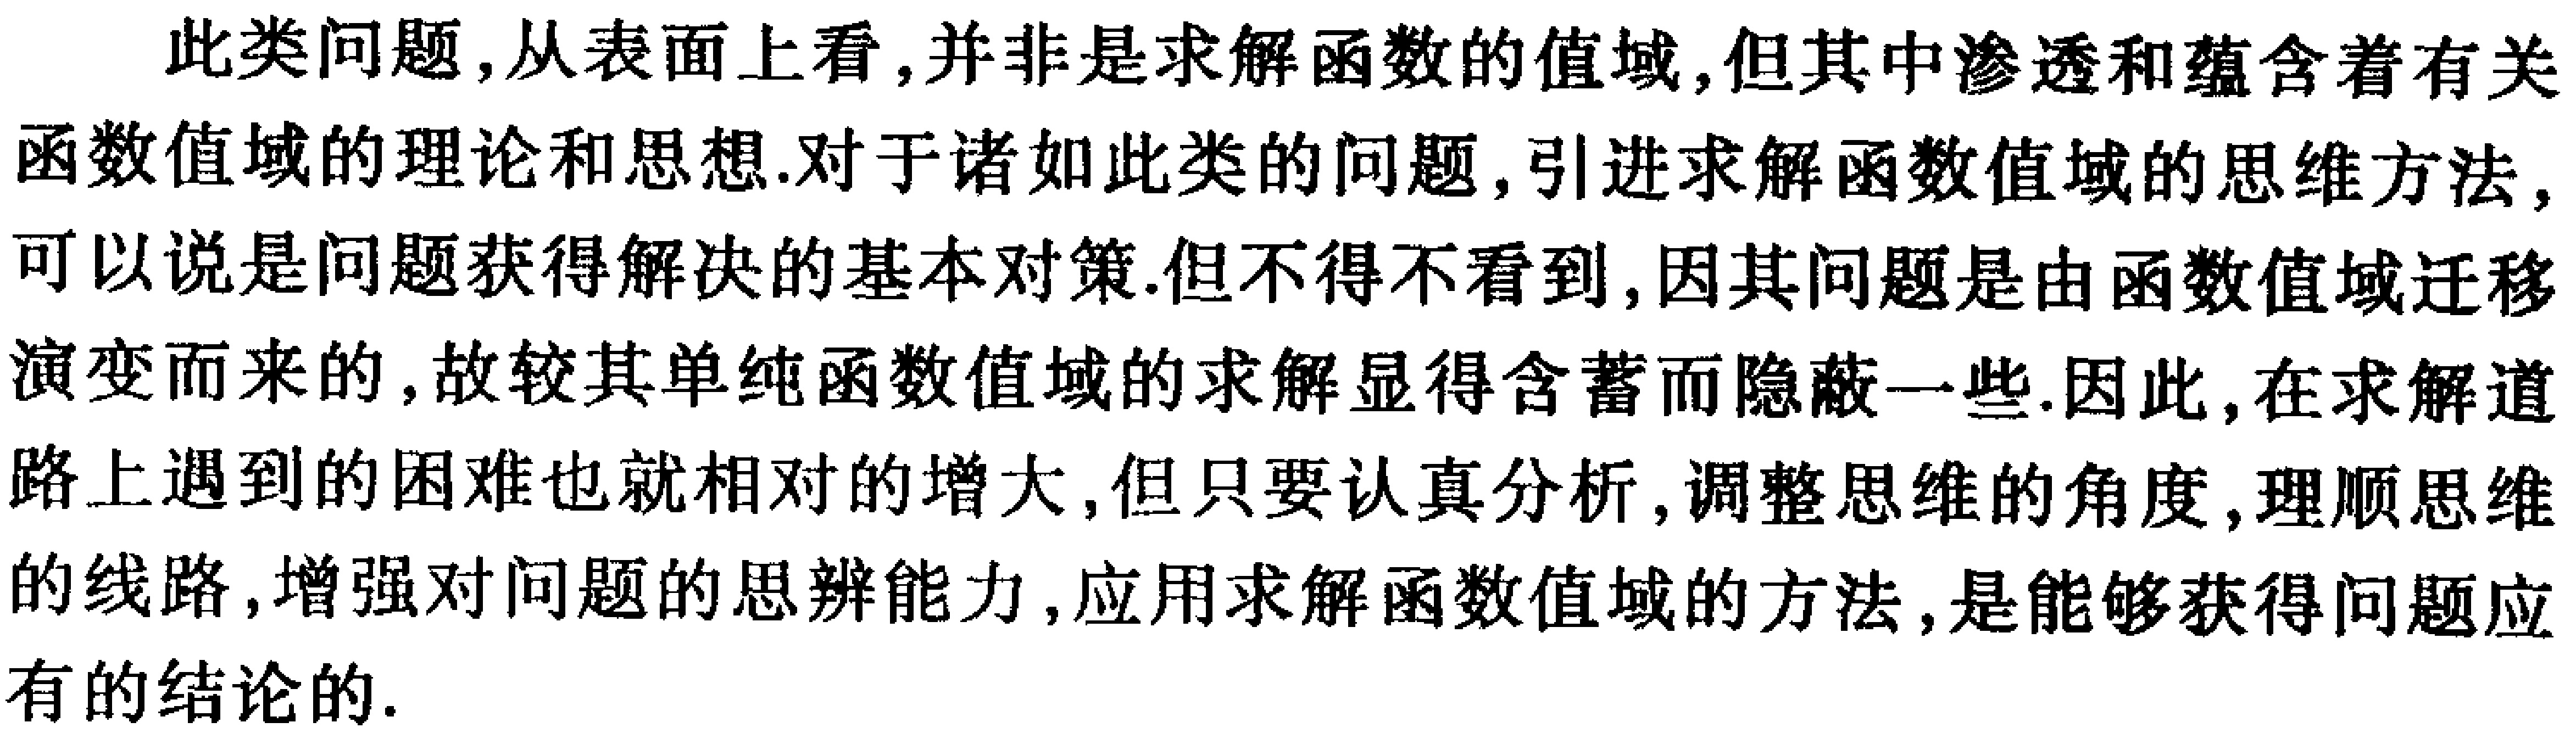
此类问题,从表面上看,并非是求解函数的值域,但其中渗透和蕴含着有关函数值域的理论和思想.对于诸如此类的问题,引进求解函数值域的思维方法,可以说是问题获得解决的基本对策.但不得不看到,因其问题是由函数值域迁移演变而来的,故较其单纯函数值域的求解显得含蓄而隐蔽一些.因此,在求解道路上遇到的困难也就相对的增大,但只要认真分析,调整思维的角度,理顺思维的线路,增强对问题的思辨能力,应用求解函数值域的方法,是能够获得问题应有的结论的.